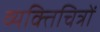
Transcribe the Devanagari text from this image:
व्यक्तिचित्रों